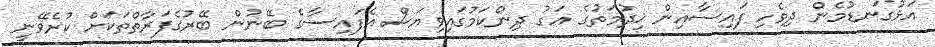
އަޅުގަނޑުމެން ދިވެހި ފައިސާއިން ޚިދުމަތުގެ އަގު ދިންކަމުގައިވިޔަސް އެފައިސާގެ ބޭނުން ބޭރުގެފަރާތްތަކަށް ކުރެވޭނީ